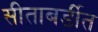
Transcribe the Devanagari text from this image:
सीताबर्डीत